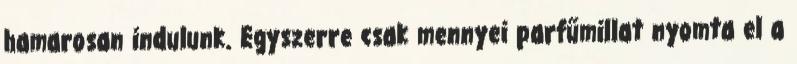
hamarosan indulunk. Egyszerre csak mennyei parfűmillat nyomta el a